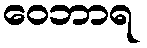
ဝေဘာရ